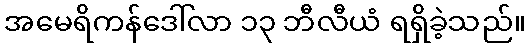
အမေရိကန်ဒေါ်လာ ၁၃ ဘီလီယံ ရရှိခဲ့သည်။